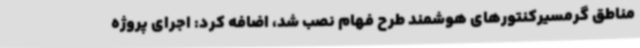
مناطق گرمسیرکنتورهای هوشمند طرح فهام نصب شد، اضافه کرد: اجرای پروژه